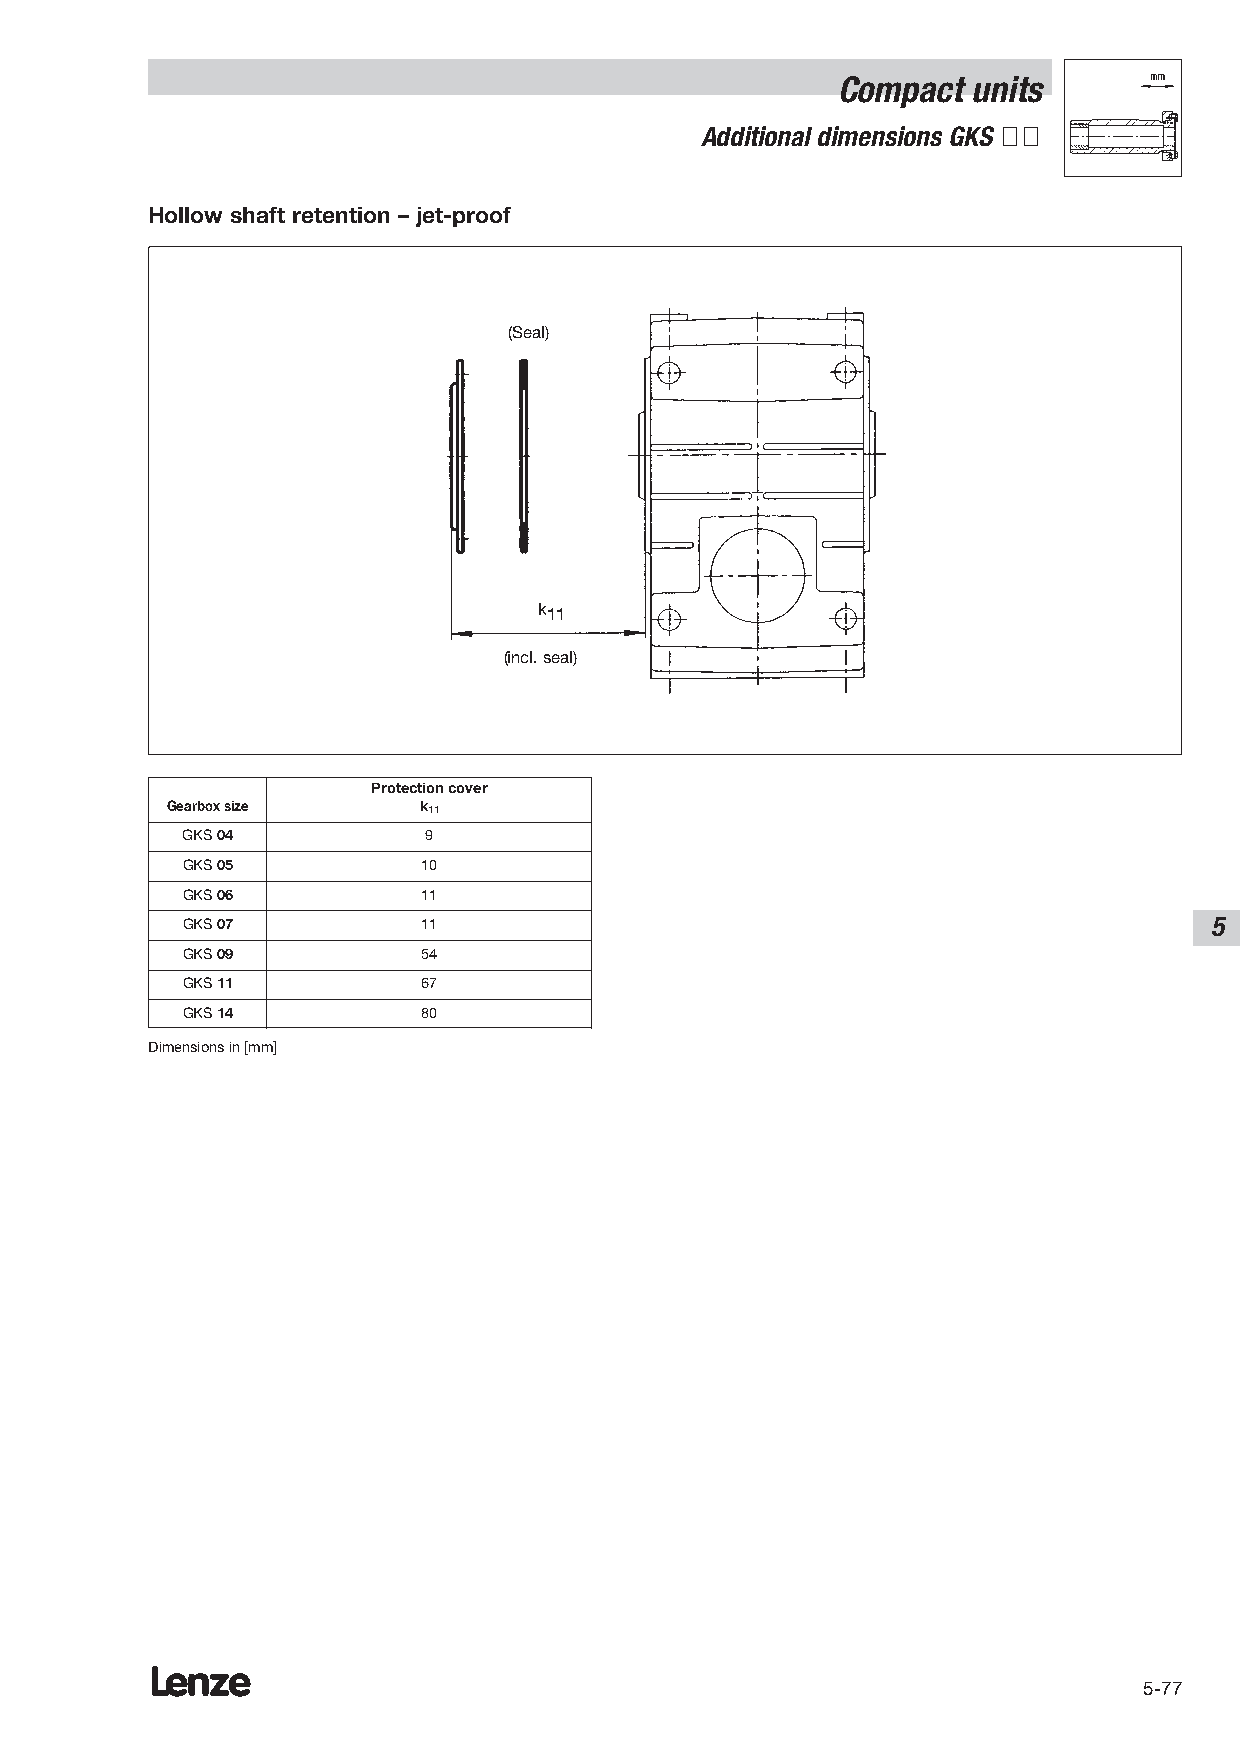
Compact  units
 Additional dimensions GKS ÇÇ
 Hollow shaft retention – jet-proof
 (Seal)
 k11
 (incl. seal)
 Protection cover
 Gearbox size     k11
 GKS 04          9
 GKS 05          10
 GKS 06          11
 GKS 07          11                                                  5
 GKS 09          54
 GKS 11          67
 GKS 14          80
 Dimensions in [mm]
 Lenze
 5-77